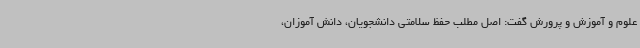
علوم و آموزش و پرورش گفت: اصل مطلب حفظ سلامتی دانشجویان، دانش آموزان،